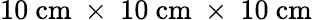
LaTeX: \mathrm{10~cm~\times~10~cm~\times~10~cm}